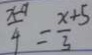
\frac { x - 9 } { 4 } = \frac { x + 5 } { 3 }